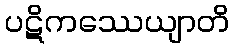
ပဋိကဿေယျာတိ